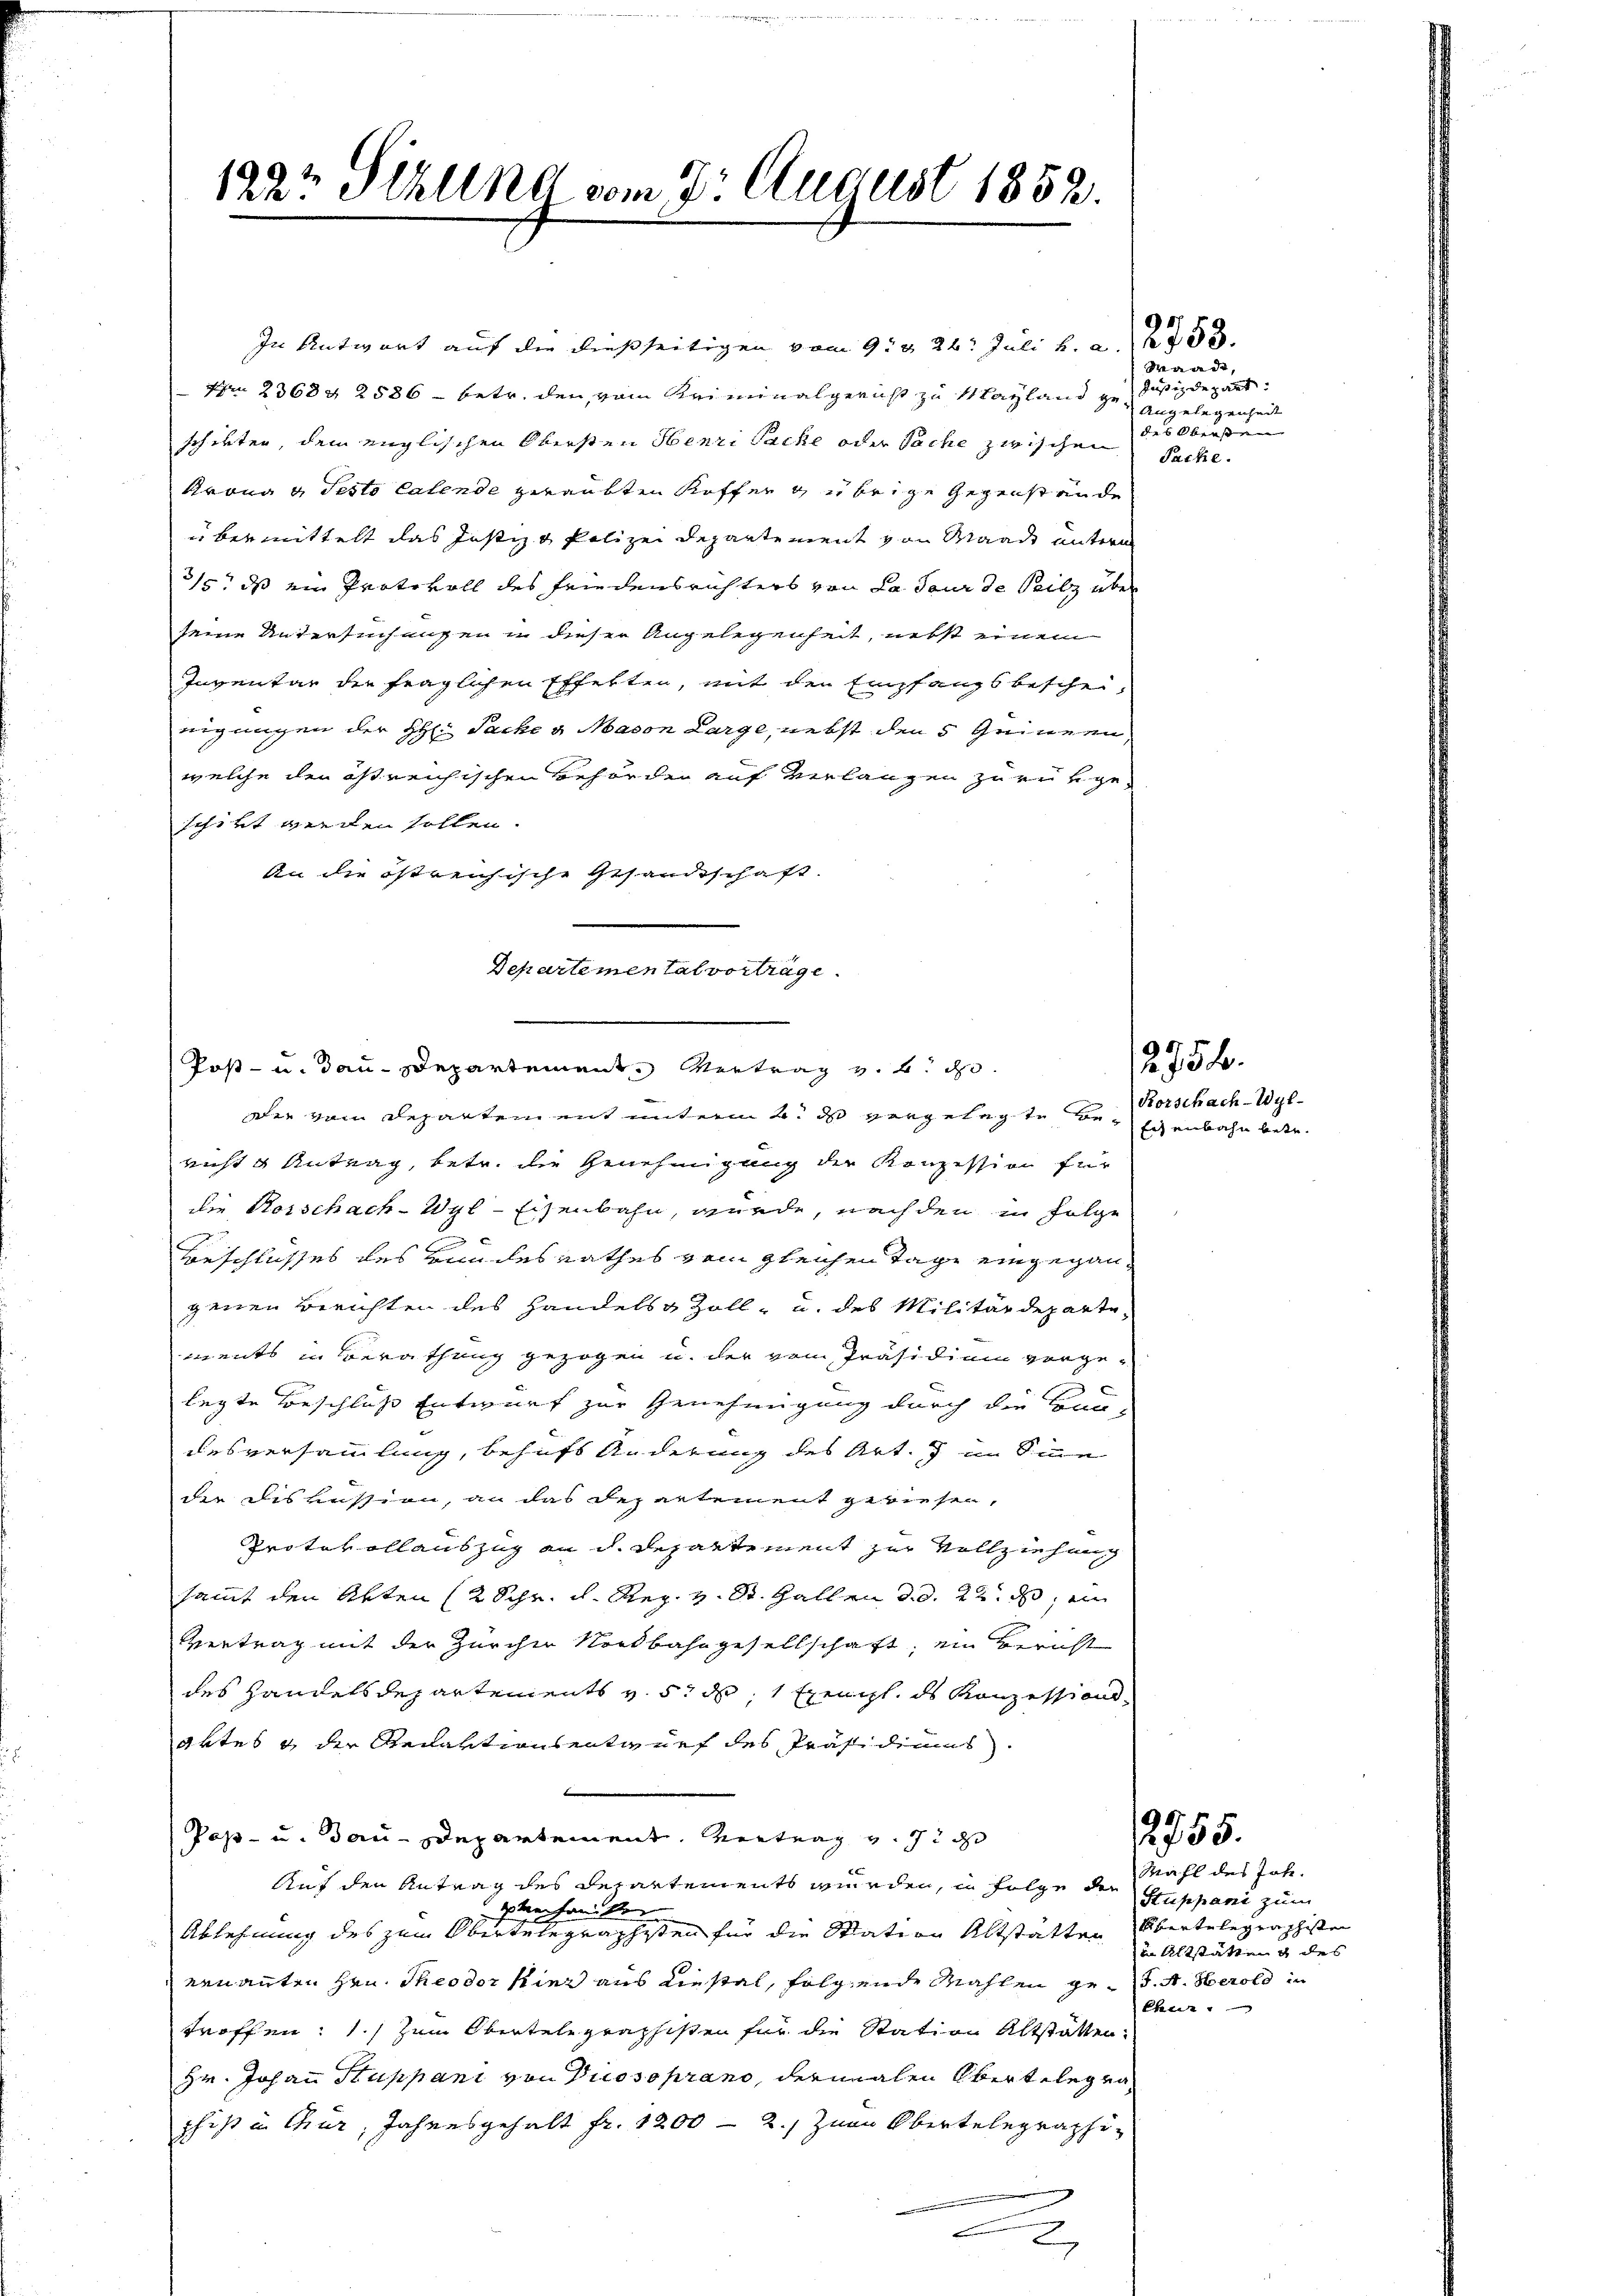
In Antwort auf die dießseitigen vom 9. d. 26. Juli v. a. 1785.
Nr 23684 2886 - betr. den vom Kriminalgericht zu Mayland zu Justizdepart
schikten, dem englischen Obersten Henri Sache oder Sache zwischen
Krona u. Pesto latende zwankten Koffen & übrige Gegenstende
ubermittelt das Justiz & Polizei Departement von Waadt untern
315. ds ein Protokoll des Friedensrichters von La Paur de Peilz über
seine Untersuchungen in dieser Angelegenheit, nebst einem
Inventar die fraglichen Effekten, mit den Empfangsbescheinigungen der H: Sache u. Macon Large, nebst den 5 einern,
welche den östreichischen Behörder auf verlangen zurükgeschikt werden sollen.
An die östreichische Gesandtschaft.
richt u Antrag, betr. die Genehmigung der Konzession für
die Vorschach-Wyl-Eisenbahn, wurde, nach den in Folge
Beschlusses des Bundesrathes vom gleichen Tage eingegangenen Berichten des Handels Zoll- u. des Militärdepartements in Berathung gezogen u. der vom Präsidium vorgelegte Beschluß Entwurf zur Genehmigung durch die Bau-
desversammlung, behufs Änderung des Art. 7 im Sinne
der Diskussion, an das Departement gewiesen,
Protokollauszug an d. Departement zur Vollziehung
sammt den Akten (2 Schr. d. Reg. v. St. Gallen d. d. 2t. d, ein
Vertrag mit der Zürcher Nordbahngesellschaft, ein Bericht
des Handelsdepartements v. 5. d. 1 Exenzl ds Konzessionsaktes & der Redaktionsentwurf des Präsidiums.
Post- u. dann Departement. Vertrag und in das
Auf den Antrag des Departements wurden, in Folge der
genfante
Ablehnung des zum Obertelegraphisten für die Station Altstatten übertelegenphisten
ernannten Hrn. Theodor hier aus Liestel, folgende Mahlen gest. A. Herold in
troffen: 1.) Zum Obentelegraphisten für die Station Altstatten:
Hr. Johann Stuppani von Dio soprano, dermalen Obertelegraphist in Chur, Jahresgehalt fr. 1200 - 2.) Zuen Obertelegraphie

122t Sitzung vom 2. August 1859.

Departemental vorträge.
Post- u. dau-Departement Vertrag v. 2. d.
see vom Departement unterm 4. ds vorgelegte be¬

Waadt,
Angelegenheit
des Obersten
Pacte.

12754.

Korschach-Wyl-
Eisenbahn betr.

2755.

Mahl des Joh.
Stuppani zum
in Altstätten & des
khenne.